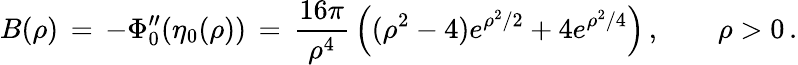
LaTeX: B(\rho)\, =\, -\Phi_{0}^{\prime\prime}(\eta_{0}(\rho))\, =\, \frac{16\pi}{\rho^{4}}\, \Bigl((\rho^{2}-4)e^{\rho^{2}/2}+4e^{\rho^{2}/4}\Bigr)\, ,\qquad\rho>0\, .